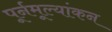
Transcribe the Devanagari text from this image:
पूर्नमूल्यांकन